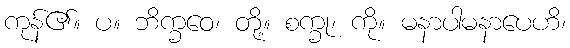
ကုန်၏။ ပ။ ဘိက္ခဝေ၊ တို့။ စက္ခု၊ ကို။ မနာပါမနာပေဟိ၊